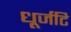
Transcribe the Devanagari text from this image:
धूर्जटि